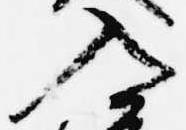
入